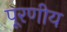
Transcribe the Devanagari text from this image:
पूरणीय